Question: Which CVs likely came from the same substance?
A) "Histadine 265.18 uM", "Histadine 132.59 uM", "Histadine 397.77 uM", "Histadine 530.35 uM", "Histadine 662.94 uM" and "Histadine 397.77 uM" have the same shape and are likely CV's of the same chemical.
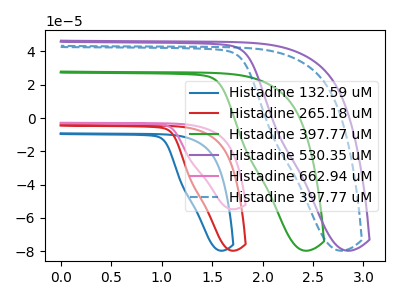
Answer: <think>The blue curve "Histadine 132.59 uM" has no peaks. The red curve "Histadine 265.18 uM" has no peaks. The green curve "Histadine 397.77 uM" has no peaks. The purple curve "Histadine 530.35 uM" has no peaks. The pink curve "Histadine 662.94 uM" has no peaks. The blue dashed curve "Histadine 397.77 uM" has no peaks.
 Neither "Histadine 132.59 uM" or "Histadine 265.18 uM" have any peaks. Neither "Histadine 132.59 uM" or "Histadine 397.77 uM" have any peaks. Neither "Histadine 132.59 uM" or "Histadine 530.35 uM" have any peaks. Neither "Histadine 132.59 uM" or "Histadine 662.94 uM" have any peaks. Neither "Histadine 132.59 uM" or "Histadine 397.77 uM" have any peaks. Neither "Histadine 265.18 uM" or "Histadine 397.77 uM" have any peaks. Neither "Histadine 265.18 uM" or "Histadine 530.35 uM" have any peaks. Neither "Histadine 265.18 uM" or "Histadine 662.94 uM" have any peaks. Neither "Histadine 265.18 uM" or "Histadine 397.77 uM" have any peaks. Neither "Histadine 397.77 uM" or "Histadine 530.35 uM" have any peaks. Neither "Histadine 397.77 uM" or "Histadine 662.94 uM" have any peaks. Neither "Histadine 397.77 uM" or "Histadine 397.77 uM" have any peaks. Neither "Histadine 530.35 uM" or "Histadine 662.94 uM" have any peaks. Neither "Histadine 530.35 uM" or "Histadine 397.77 uM" have any peaks. Neither "Histadine 662.94 uM" or "Histadine 397.77 uM" have any peaks.</think>
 <answer>A) "Histadine 265.18 uM", "Histadine 132.59 uM", "Histadine 397.77 uM", "Histadine 530.35 uM", "Histadine 662.94 uM" and "Histadine 397.77 uM" have the same shape and are likely CV's of the same chemical.</answer>
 <eval>A</eval>